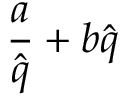
\frac { a } { \hat { q } } + b \hat { q }